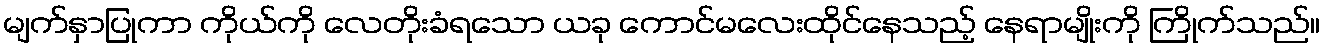
မျက်နှာပြုကာ ကိုယ်ကို လေတိုးခံရသော ယခု ကောင်မလေးထိုင်နေသည့် နေရာမျိုးကို ကြိုက်သည်။